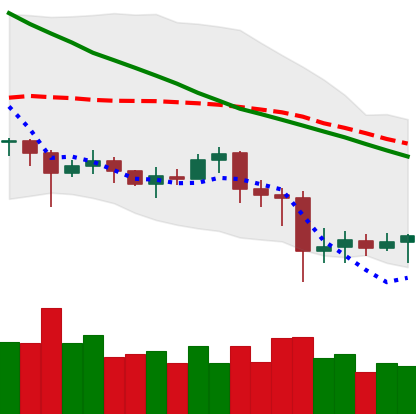
Ticker: EOS-USD
Chart end date: 2020-07-02
Forward return: 7.148%
Label: up_7plus